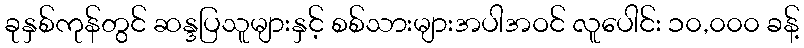
ခုနှစ်ကုန်တွင် ဆန္ဒပြသူများနှင့် စစ်သားများအပါအဝင် လူပေါင်း ၁၀,၀၀၀ ခန့်